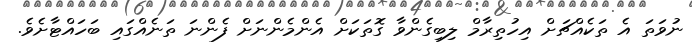
ނުވަތަ އެ ތަކެއްޗަށް އިހުތިރާމް ލިބިގެންވާ ގޮތަކަށް އެންމެންނަށް ފެންނަ ތަނެއްގައި ބަހައްޓާށެވެ.